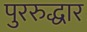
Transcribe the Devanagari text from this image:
पुररुद्धार